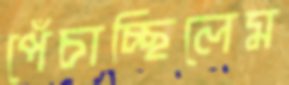
পেঁচাচ্ছিলেম